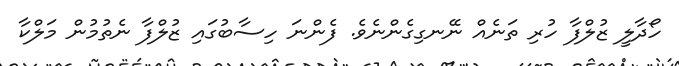
ހޯދާލީ ޒުލްފާ ހުރި ތަނެއް ނޭނގިގެންނެވެ. ފެންނަ ހިސާބުގައި ޒުލްފާ ނެތުމުން މަލްކާ